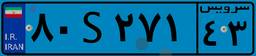
۸۰S۲۷۱۴۳